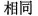
相同